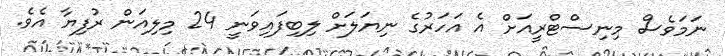
ނަމަވެސް މިނިސްޓްރީއަށް އެ އަހަރުގެ ނިޔަލަށް ލިބިފައިވަނީ 24 މިލިއަން ރުފިޔާ އެވެ.